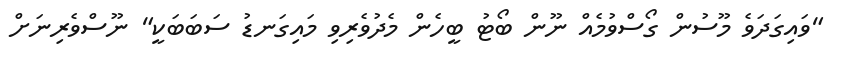
"ވައިގަދަވެ މޫސުން ގޯސްވުމެއް ނޫން ބޯޓު ބީހެން މެދުވެރިވި މައިގަނޑު ސަބަބަކީ" ނޫސްވެރިނަށް